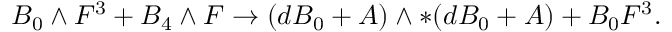
B _ { 0 } \wedge F ^ { 3 } + B _ { 4 } \wedge F \to ( d B _ { 0 } + A ) \wedge * ( d B _ { 0 } + A ) + B _ { 0 } F ^ { 3 } .